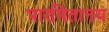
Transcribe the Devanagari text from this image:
पारमितानय